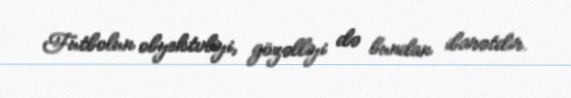
Futbolun obyektvliyi, gözəlliyi də bundan ibarətdir.